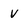
Character: v